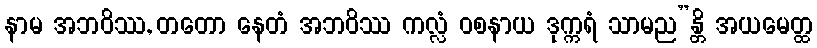
နာမ အဘဝိဿ, တတော နေတံ အဘဝိဿ ကလ္လံ ဝစနာယ ဒုက္ကရံ သာမည”န္တိ အယမေတ္ထ